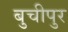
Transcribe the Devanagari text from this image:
बुचीपुर